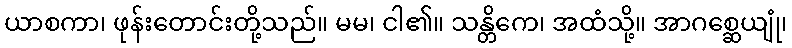
ယာစကာ၊ ဖုန်းတောင်းတို့သည်။ မမ၊ ငါ၏။ သန္တိကေ၊ အထံသို့။ အာဂစ္ဆေယျုံ၊